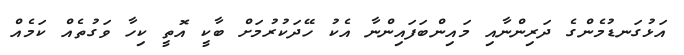
އަޅުގަނޑުމެންގެ ދަރިންނާއި މައިންބަފައިންނާ އެކު ހޭދަކުރުމަށް ބާކީ އޮތީ ކިހާ ވަގުތެއް ކަމެއް